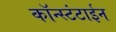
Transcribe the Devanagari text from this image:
कॉन्स्टंटाईन